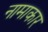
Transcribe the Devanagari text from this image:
नामाकार